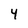
Character: 4